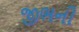
જીભની